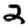
Digit: 2